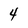
Character: 4